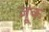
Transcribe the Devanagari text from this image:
ज़ूक